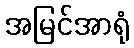
အမြင်အာရုံ